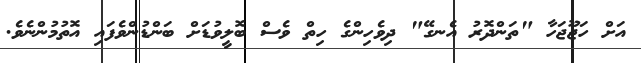
އަށް ހަޖޫޖަހާ "ތަންދޮރު އެނގޭ" ދިވެހިންގެ ހިތް ވެސް ބޮލީވުޑަށް ބަންޑުންވެފައި އޮތުމުންނެވެ.